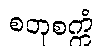
စတုစက္ကံ